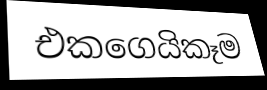
එකගෙයිකෑම